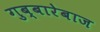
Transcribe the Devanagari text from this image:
गुब्बारेबाज